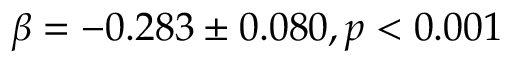
\beta = - 0 . 2 8 3 \pm 0 . 0 8 0 , p < 0 . 0 0 1